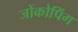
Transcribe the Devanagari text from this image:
जोंकोपिंग